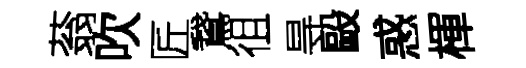
蓊吹匠鵞徂㝵毆惑楎